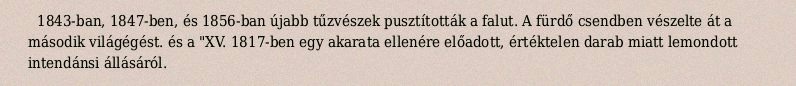
1843-ban, 1847-ben, és 1856-ban újabb tűzvészek pusztították a falut. A fürdő csendben vészelte át a második világégést. és a "XV. 1817-ben egy akarata ellenére előadott, értéktelen darab miatt lemondott intendánsi állásáról.